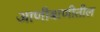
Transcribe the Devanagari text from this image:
आणीबाणीतील